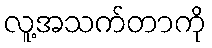
လူ့အသက်တာကို